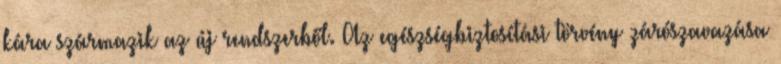
kára származik az új rendszerből. Az egészségbiztosítási törvény zárószavazása